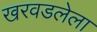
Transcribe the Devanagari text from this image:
खरवडलेला